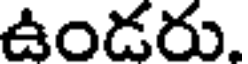
ఉండరు.